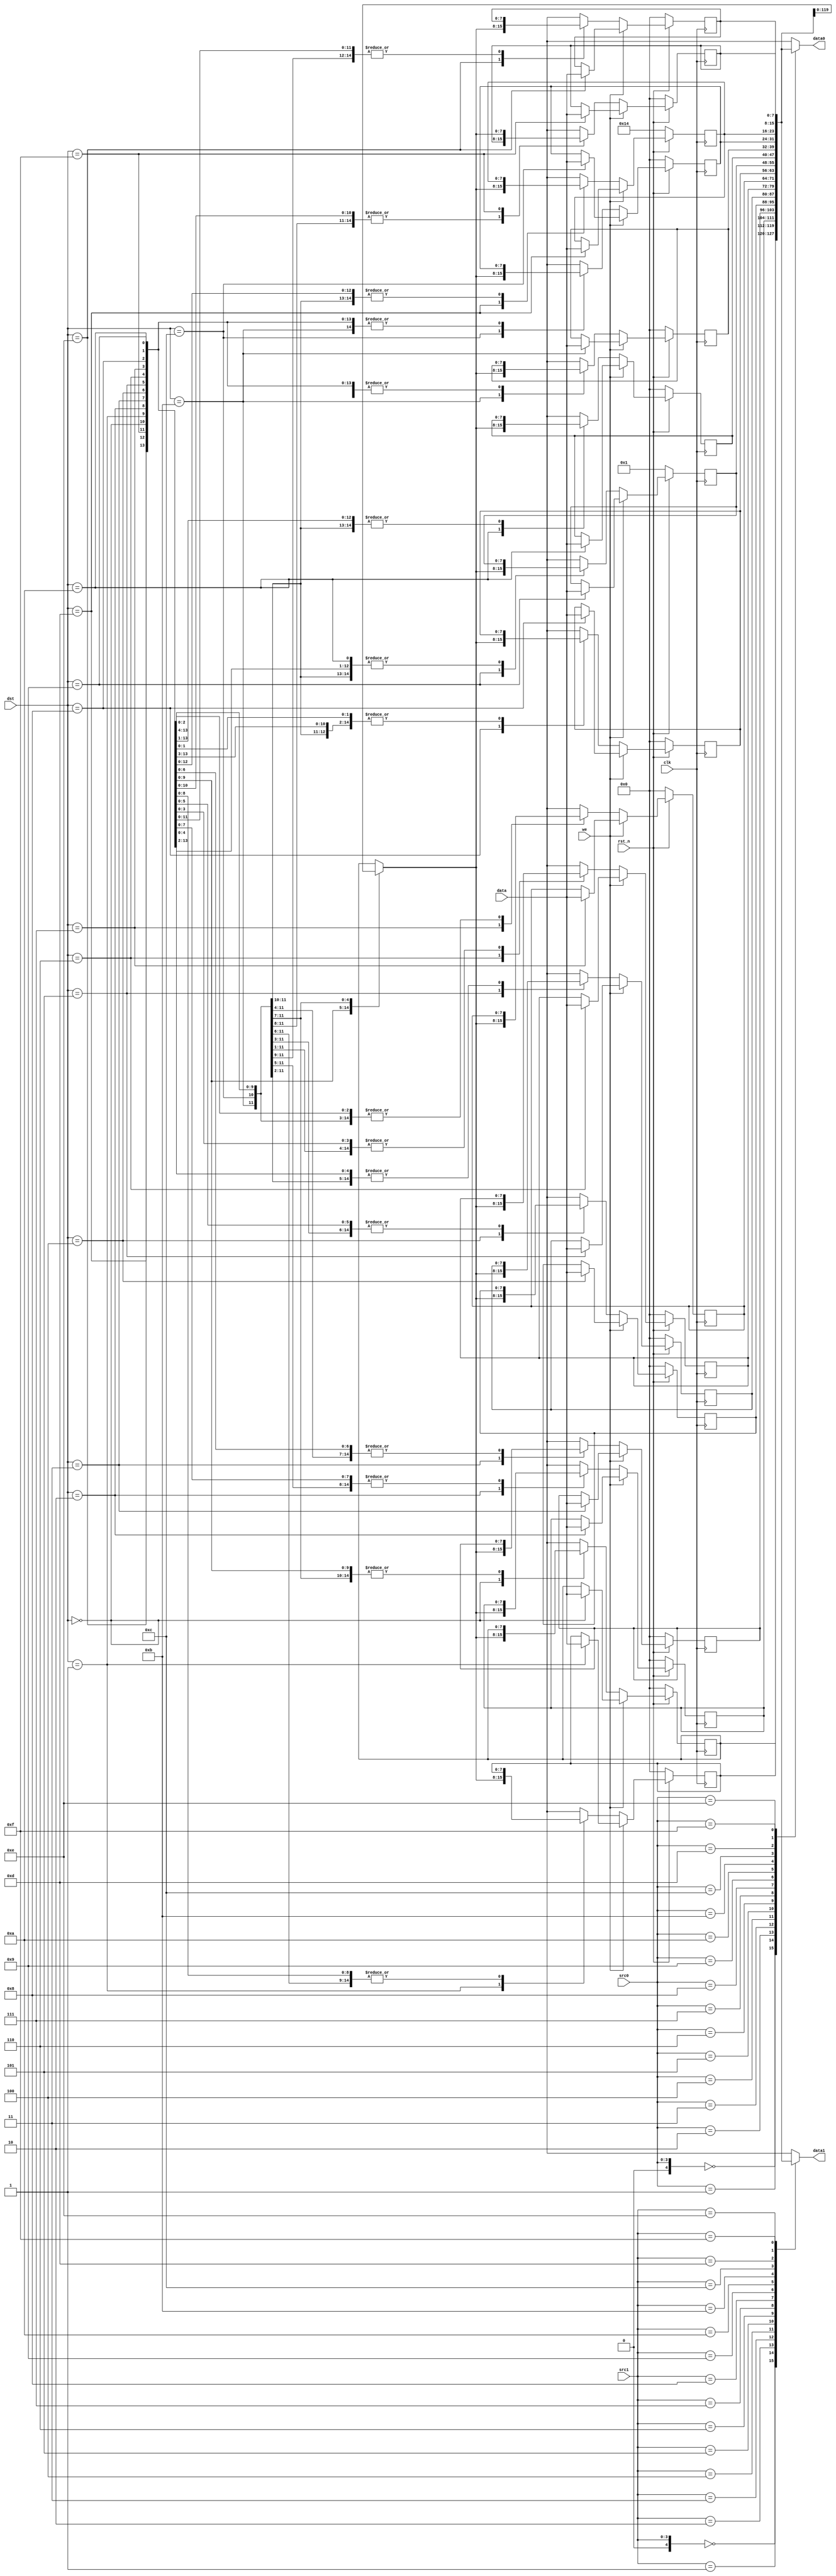
//register.v
module register(src0, src1, dst, we, data, data0, data1, rst_n, clk);
	input wire [3:0] src0, src1, dst;
	input wire[7:0] data;
	input wire we, rst_n, clk;
	output wire [7:0] data1,data0;
	reg [7:0] regfile[16:0];
	wire [7:0] regf0,regf1,regf3,regf5,regf7, regf8, regf9,regf10;
	always@(posedge clk ) begin
		if(!rst_n) begin
			regfile[0] <= 0;
			regfile[1] <= 0;
			regfile[2] <= 0;
			regfile[3] <= 0;
			regfile[4] <= 0;
			regfile[5] <= 0;
			regfile[6] <= 0;
			regfile[7] <= 0;
			regfile[8] <= 0;
			regfile[9] <= 1;
			regfile[10] <= 0;
			regfile[11] <= 0;
			regfile[12] <= 0;
			regfile[13] <= 20;
			regfile[14] <= 0;
			regfile[15] <= 0;
			regfile[16] <= 0;
		end else begin
			if(we) begin
				regfile[dst] <= data;
			end else begin
//				regfile[dst] <= regfile[dst];
				regfile[dst] = regfile[dst];
			end
		end
	end
	assign data0 = regfile[src0];
	assign data1 = regfile[src1];
	
	assign regf0=regfile[0];
	assign regf1=regfile[1];
	assign regf3=regfile[3];
	assign regf5=regfile[5];
	assign regf7=regfile[7];
	assign regf8=regfile[8];
	assign regf9=regfile[9];
	assign regf10=regfile[10];
endmodule